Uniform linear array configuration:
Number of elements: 8
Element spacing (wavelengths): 0.5
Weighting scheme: cosine
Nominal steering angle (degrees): -45
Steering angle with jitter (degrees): -44.058
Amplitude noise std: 0.05
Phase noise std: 0.05

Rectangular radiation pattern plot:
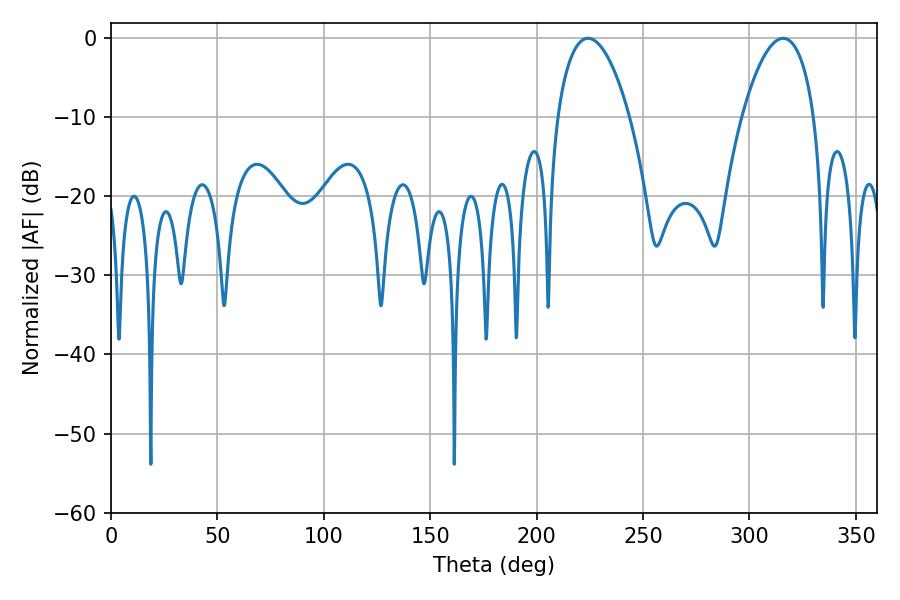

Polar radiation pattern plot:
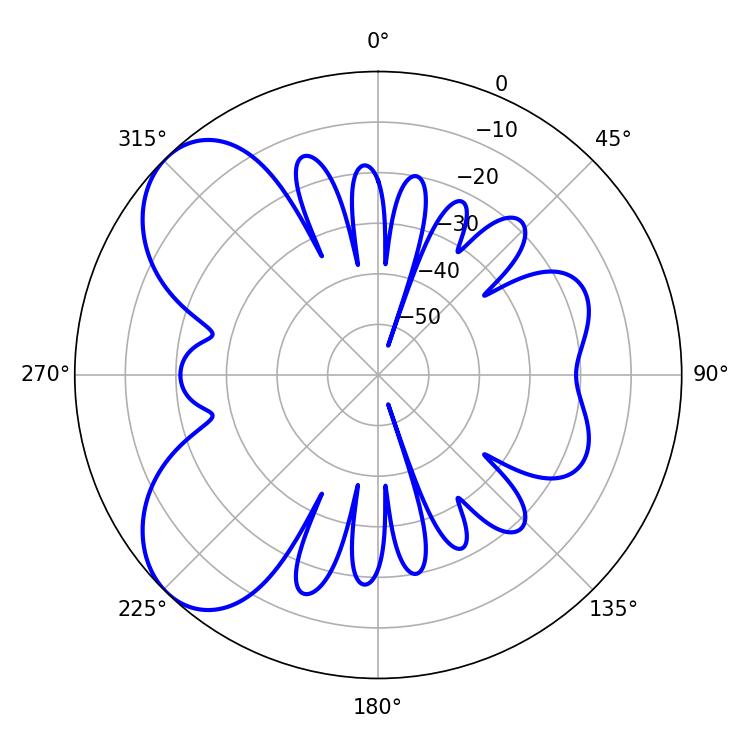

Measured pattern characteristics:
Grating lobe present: FALSE
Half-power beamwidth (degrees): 19.08
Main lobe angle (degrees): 224.1